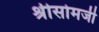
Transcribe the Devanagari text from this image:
श्रीसोमजी